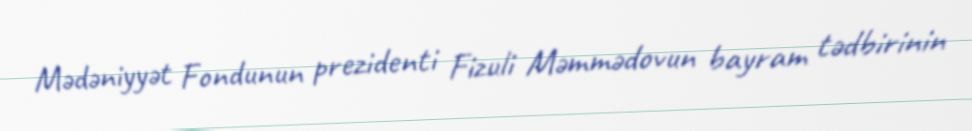
Mədəniyyət Fondunun prezidenti Fizuli Məmmədovun bayram tədbirinin